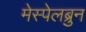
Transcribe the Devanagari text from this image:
मेस्पेलब्रुन